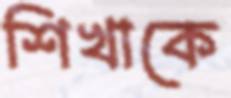
শিখাকে